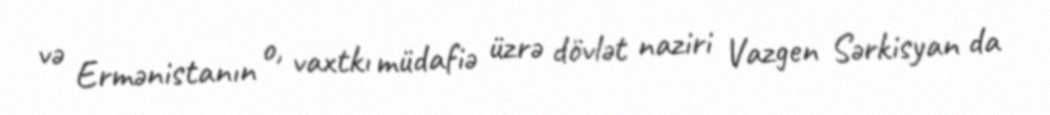
və Ermənistanın o, vaxtkı müdafiə üzrə dövlət naziri Vazgen Sərkisyan da